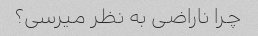
چرا ناراضی به نظر میرسی؟